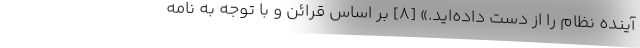
آینده نظام را از دست داده‌اید.» [۸] بر اساس قرائن و با توجه به نامه